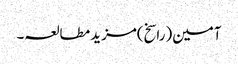
آمین(راسخ)مزید مطالعہ۔